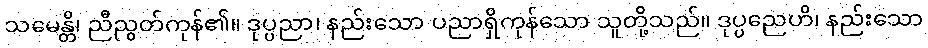
သမေန္တိ၊ ညီညွတ်ကုန်၏။ ဒုပ္ပညာ၊ နည်းသော ပညာရှိကုန်သော သူတို့သည်။ ဒုပ္ပညေဟိ၊ နည်းသော